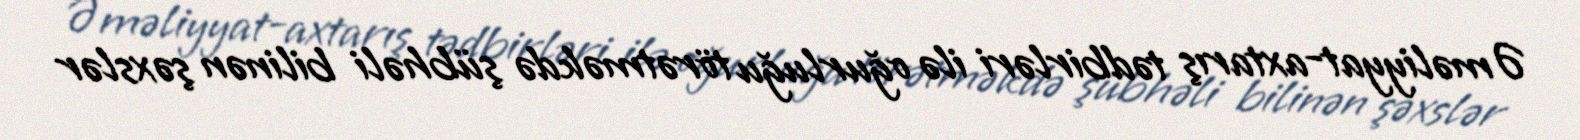
Əməliyyat-axtarış tədbirləri ilə oğurluğu törətməkdə şübhəli bilinən şəxslər